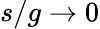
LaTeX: s/g\to 0